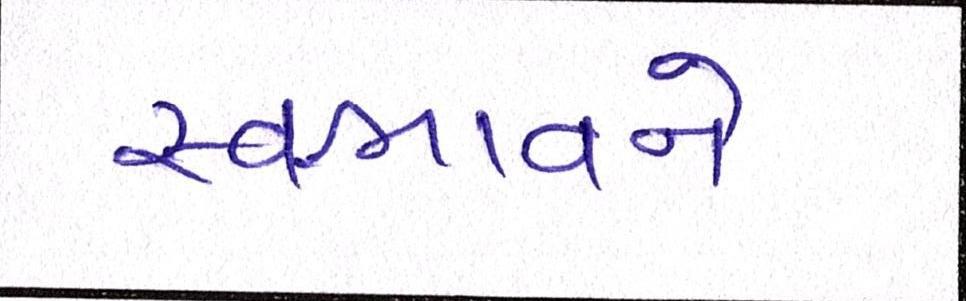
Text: સ્વભાવને